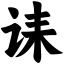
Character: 诔